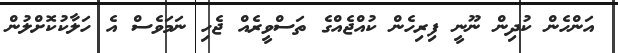
އަންހެން ކުދިން ނޫނީ ފިރިހެން ކުއްޖެއްގެ ތަސްވީރެއް ޖެހި ނަމަވެސް އެ ހަލާކުކޮށްލުން